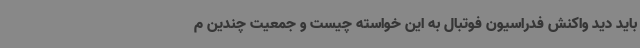
باید دید واکنش فدراسیون فوتبال به این خواسته چیست و جمعیت چندین م